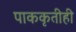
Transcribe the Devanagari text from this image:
पाककृतीही